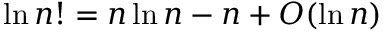
\ln n ! = n \ln n - n + O ( \ln n )